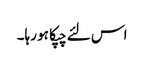
اس لئے چپکا ہو رہا۔